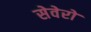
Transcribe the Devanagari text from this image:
सेवेरो